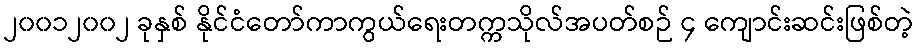
၂၀၀၁၂၀၀၂ ခုနှစ် နိုင်ငံတော်ကာကွယ်ရေးတက္ကသိုလ်အပတ်စဉ် ၄ ကျောင်းဆင်းဖြစ်တဲ့